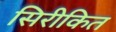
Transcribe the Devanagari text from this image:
सिरीकित